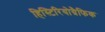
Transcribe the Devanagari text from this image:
हिस्टिरियोग्रैफिक